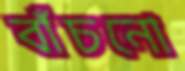
বাঁচনো